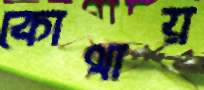
কোথায়